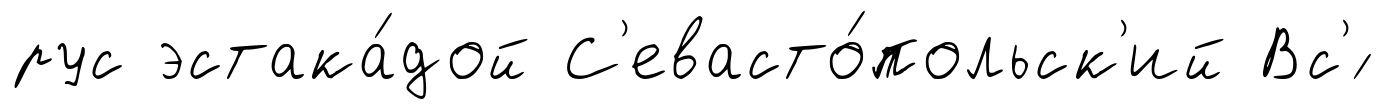
рус эстака́дой С'евасто́польск'ий Вс'́